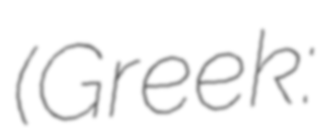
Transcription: (Greek: